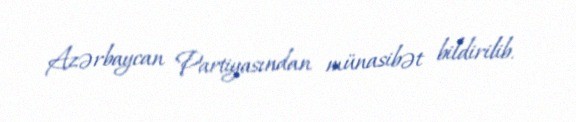
Azərbaycan Partiyasından münasibət bildirilib.